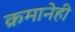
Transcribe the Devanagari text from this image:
क्रमानेही